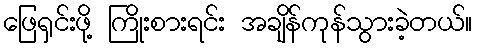
ဖြေရှင်းဖို့ ကြိုးစားရင်း အချိန်ကုန်သွားခဲ့တယ်။